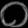
Digit: ၀